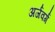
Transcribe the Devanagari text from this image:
अर्जवर्ग